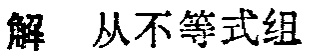
解 从不等式组